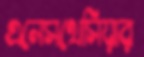
এনেসথেসিয়ার